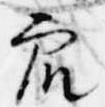
衆